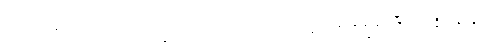
မည်၏။ ဧတံ၊ သည်။ သဗ္ဗဒုက္ခူပသမာရမ္မဏာယ၊ အလုံးစုံသော ဒုက္ခ၏ ငြိမ်းရာနိဗ္ဗာန်လျှင်